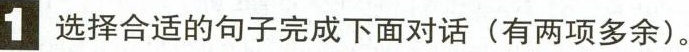
1.选择合适的句子完成下面对话(有两项多余).